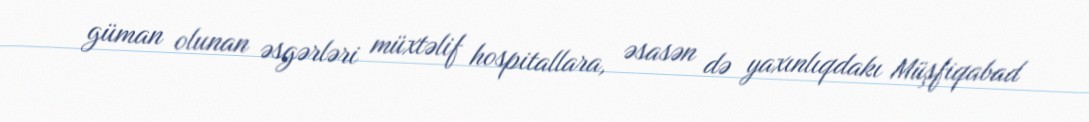
güman olunan əsgərləri müxtəlif hospitallara, əsasən də yaxınlıqdakı Müşfiqabad